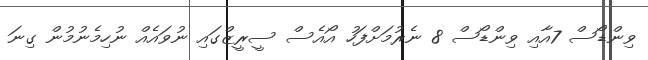
ވިންޑޯސް 7އާއި ވިންޑޯސް 8 ނެރުމަށްފަހު އޯއެސް ސީރީޒްގައި ނުވައެއް ނުހިމެނުމުން ގިނަ